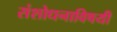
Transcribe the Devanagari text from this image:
संशोधनाविषयी